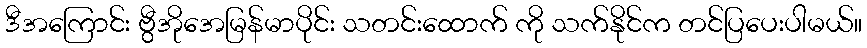
ဒီအကြောင်း ဗွီအိုအေမြန်မာပိုင်း သတင်းထောက် ကို သက်နိုင်က တင်ပြပေးပါမယ်။